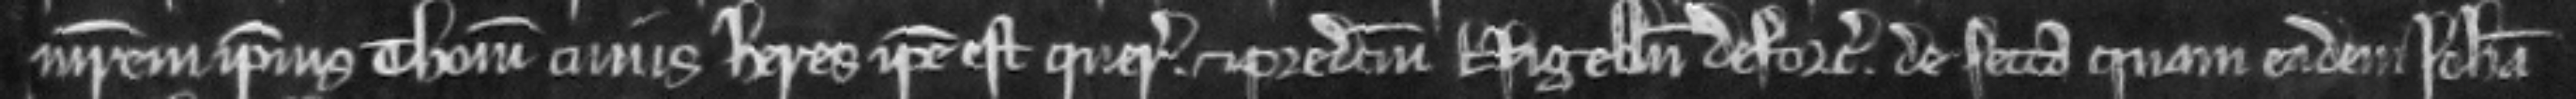
matrem ipsius Thome cujus heres ipse est querentem. et predictum Nigellum deforciantem. de secta quam eadem Johanna